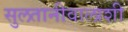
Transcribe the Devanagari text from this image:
सुलतानीवालाशी